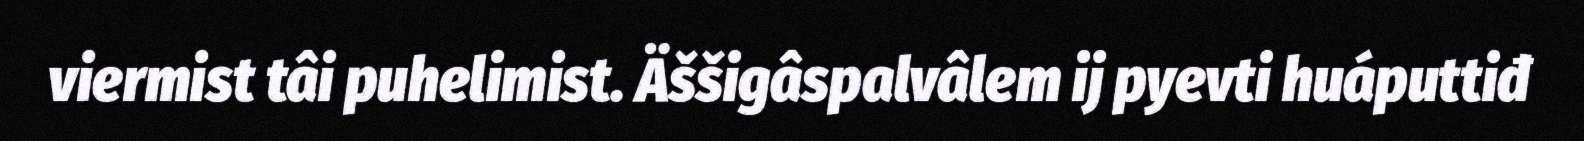
viermist tâi puhelimist. Äššigâspalvâlem ij pyevti huáputtiđ